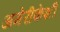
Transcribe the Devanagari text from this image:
अमेरीकेशी